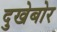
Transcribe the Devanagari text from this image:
दुखेबोर